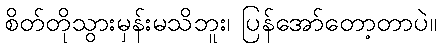
စိတ်တိုသွားမှန်းမသိဘူး၊ ပြန်အော်တော့တာပဲ။